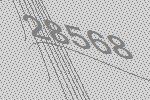
28568